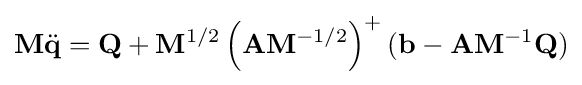
\mathbf {M} {\ddot {\mathbf {q} }}=\mathbf {Q} +\mathbf {M} ^{1/2}\left(\mathbf {A} \mathbf {M} ^{-1/2}\right)^{+}(\mathbf {b} -\mathbf {A} \mathbf {M} ^{-1}\mathbf {Q} )